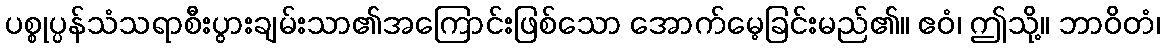
ပစ္စုပ္ပန်သံသရာစီးပွားချမ်းသာ၏အကြောင်းဖြစ်သော အောက်မေ့ခြင်းမည်၏။ ဧဝံ၊ ဤသို့။ ဘာဝိတံ၊